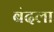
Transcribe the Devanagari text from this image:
बंदला